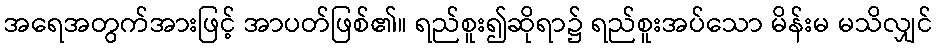
အရေအတွက်အားဖြင့် အာပတ်ဖြစ်၏။ ရည်စူး၍ဆိုရာ၌ ရည်စူးအပ်သော မိန်းမ မသိလျှင်